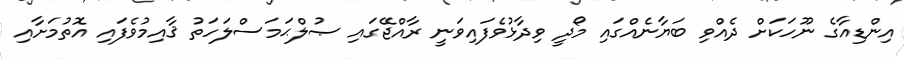
އިންޑިއާގެ ނޫހަކަށް ދެއްވި ބަޔާނެއްގައި މޯދީ ވިދާޅުވެފައިވަނީ ރާއްޖޭގައި ޞުލްޙަމަސްލަހަތު ޤާއިމުވެފައި އޮތުމަށާއި